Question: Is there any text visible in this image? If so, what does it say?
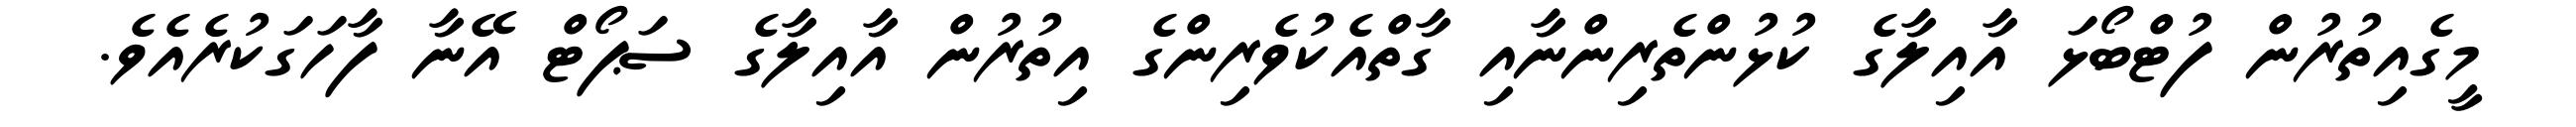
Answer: މީގެއިތުރުން ފުޓްބޯޅަ އާއިލާގެ ކުޅުންތެރިންނާއި ގާތްއެކުވެރިންގެ އިތުރުން އާއިލާގެ ސަޕޯޓް އޭނާ ފާހަގަކުރެއެވެ.